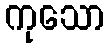
ကုသော